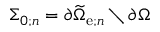
\Sigma _ { 0 ; n } = \partial \widetilde { \Omega } _ { \mathrm { e } ; n } \setminus \partial \Omega